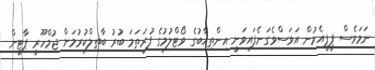
ނަމަވެސް ޕީޕީއެމުން އަވަސްވެގަނެފައިވަނީ އިންތިޚާބުގެ ވޯޓްލުމުގެ ފުރަތަމަ ބުރު ބާތިލްކުރުމަށް ޖުމްހޫރީ ޕާޓީން